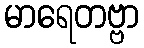
မာရေတဗ္ဗာ